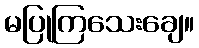
မပြုကြသေးချေ။